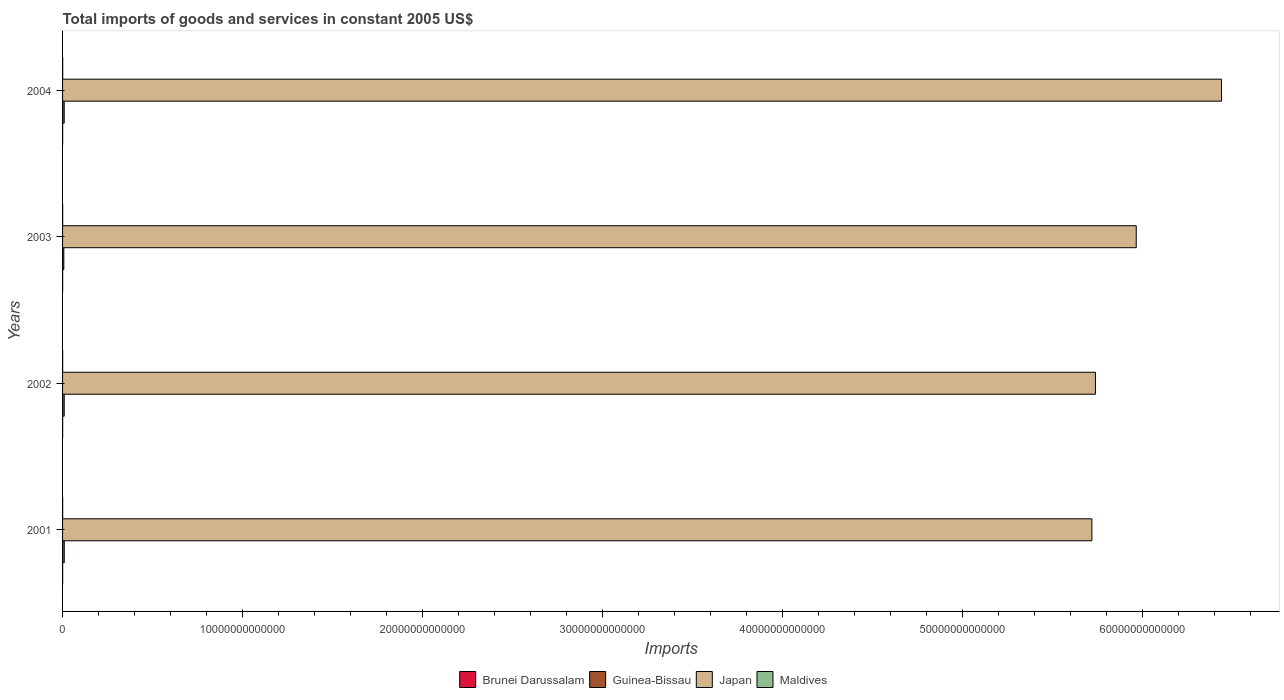
| Years | Brunei Darussalam | Guinea-Bissau | Japan | Maldives |
 | --- | --- | --- | --- | --- |
 | 2001 | 3.82e+09 | 9.33e+10 | 5.72e+13 | 5.53e+09 |
 | 2002 | 4.33e+09 | 9.06e+10 | 5.74e+13 | 5.57e+09 |
 | 2003 | 3.98e+09 | 6.93e+10 | 5.96e+13 | 6.38e+09 |
 | 2004 | 3.86e+09 | 9e+10 | 6.44e+13 | 7.99e+09 |